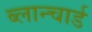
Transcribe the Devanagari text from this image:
ब्लान्चार्ड